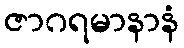
ဇာဂရမာနာနံ